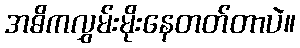
အဓိကလွှမ်းမိုးနေတတ်တာပဲ။